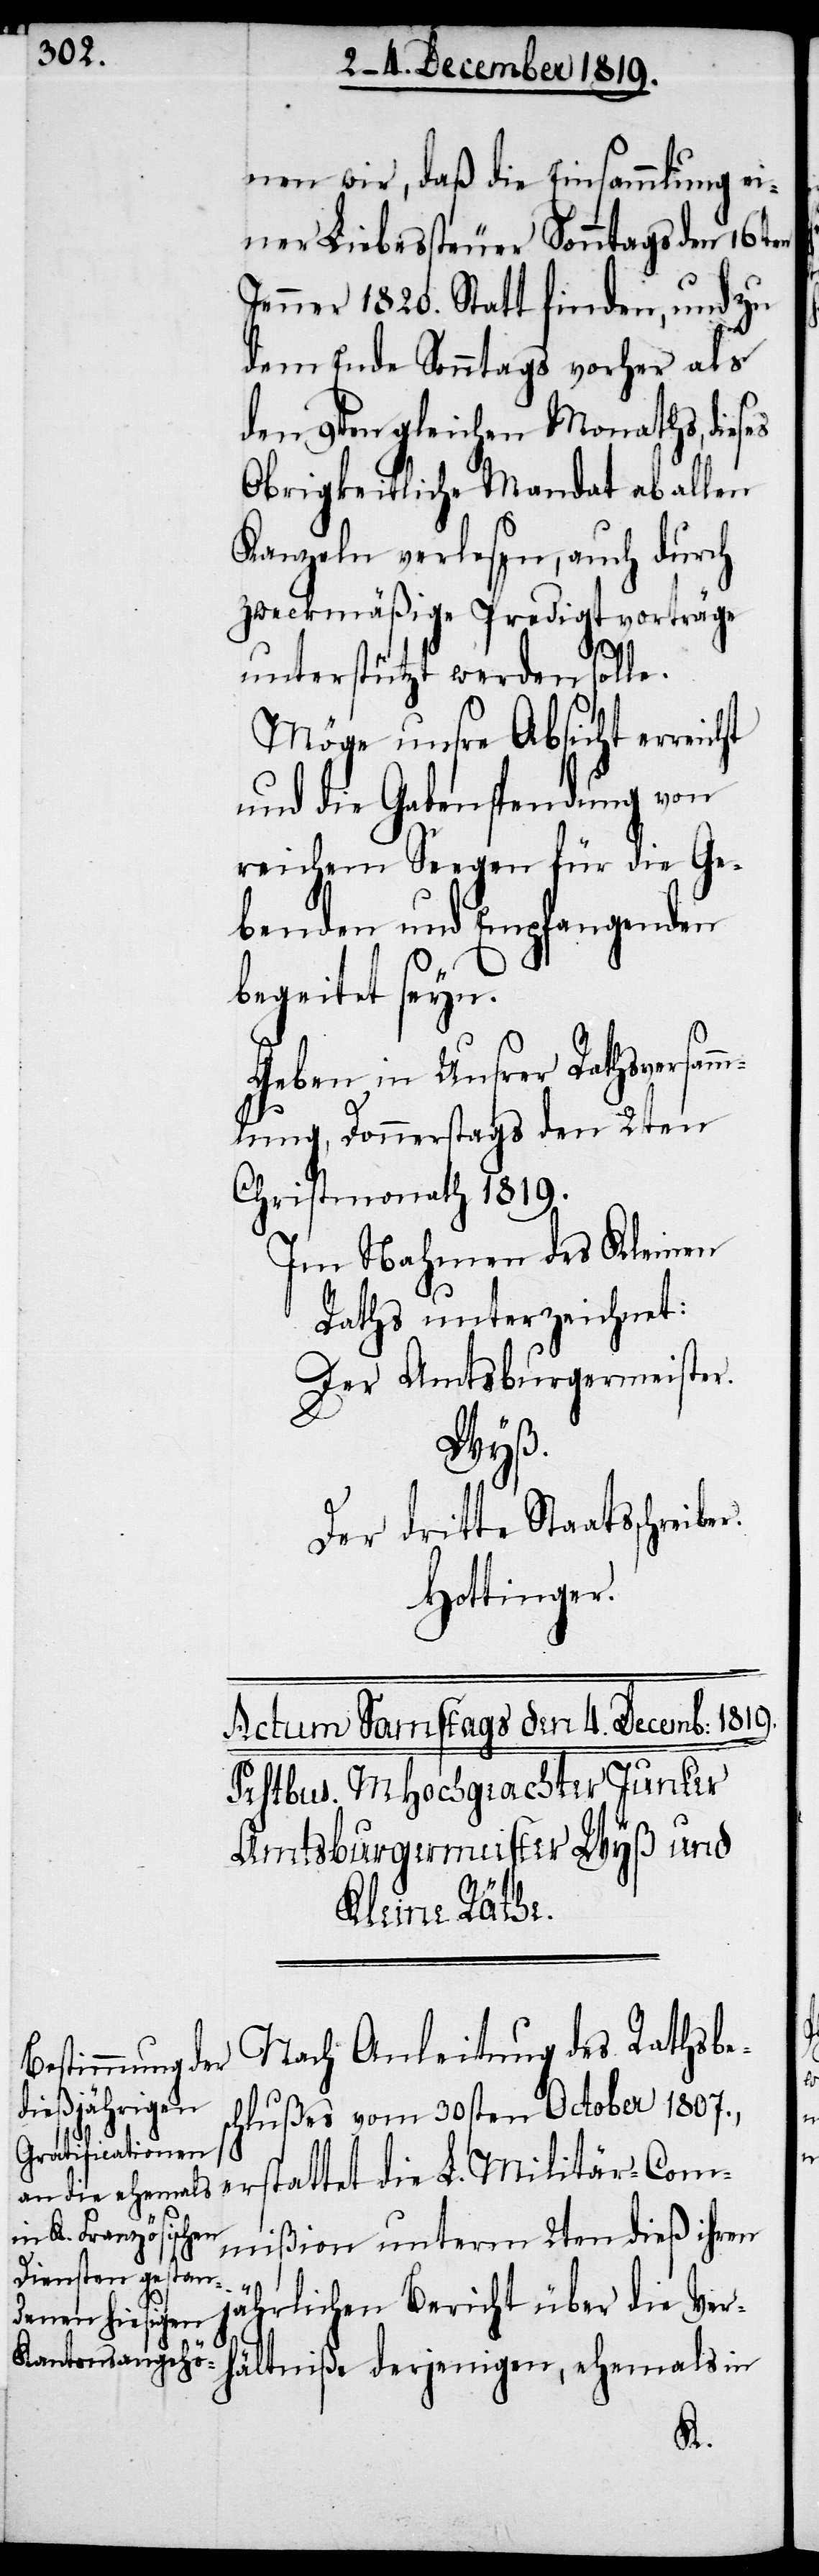
nen wir, daß die Einsammlung ei¬
ner Liebessteuer Sonntags den 16ten
Jenner 1820. Statt finden, und zu
dem Ende Sonntags vorher als
den 9ten gleichen Monaths, dieses
Obrigkeitliche Mandat ab allen
Kanzlen verlesen, auch durch
zweckmäßige Predigtvorträge
unterstützt werden solle.
Möge unsre Absicht erreicht
und die Gabenspendung von
reichem Seegen für die Ge¬
benden und Empfangenden
beg[l]eitet sey¬
n.
Geben in Unsrer Rathsversamm¬
lung, Donnerstags den 2ten
Christmonat 1819.
Im Nahmen des Kleinen
Raths unterzeichnet:
Der Amtsburgermeister.
ältniße
Der dritte Staatsschreibe¬
Hottinger.
Nach Anleitung des Rathsbes¬
derjenigen,
chlußes vom 30sten October 1807.,
erstattet die L. Militär-Com¬
mißion unterm 2ten dieß ihren
r.
jährlichen Bericht über die Verh¬